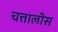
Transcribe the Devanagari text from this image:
चत्तालीस